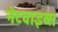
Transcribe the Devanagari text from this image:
नेटवाइव्स